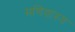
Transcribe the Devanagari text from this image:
मणिग्रास्य